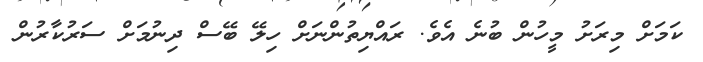
ކަމަށް މިރަށު މީހުން ބުނެ އެވެ. ރައްޔިތުންނަށް ހިލޭ ބޭސް ދިނުމަށް ސަރުކާރުން